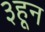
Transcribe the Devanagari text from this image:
३हून